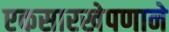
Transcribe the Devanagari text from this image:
एकसारखेपणाने